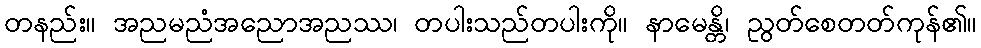
တနည်း။ အညမညံအညောအညဿ၊ တပါးသည်တပါးကို။ နာမေန္တိ၊ ညွတ်စေတတ်ကုန်၏။